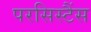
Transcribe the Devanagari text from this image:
परसिस्टैंस